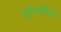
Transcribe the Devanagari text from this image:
टेरीटॉरिज